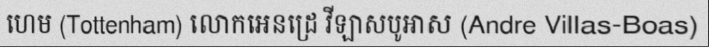
ហេម (Tottenham) លោកអេនដ្រេ វីឡាសបូអាស (Andre Villas-Boas)